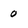
Character: 0